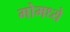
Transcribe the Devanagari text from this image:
मोमध्ये